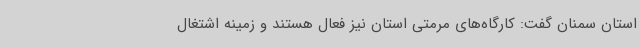
استان سمنان گفت: کارگاه‌های مرمتی استان نیز فعال هستند و زمینه اشتغال